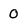
Character: 0